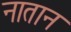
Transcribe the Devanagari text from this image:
नातान